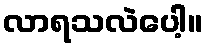
လာရသလဲပေါ့။